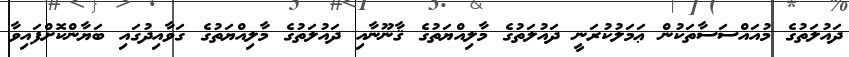
ދައުލަތުގެ މުއައްސަސާތަކުން ޢަމަލުކުރަނީ ދައުލަތުގެ މާލިއްޔަތުގެ ޤާނޫނާއި ދައުލަތުގެ މާލިއްޔަތުގެ ގަވާއިދުގައި ބަޔާންކޮށްފައިވާ